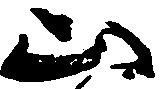
山